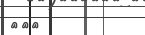
١٢٥